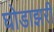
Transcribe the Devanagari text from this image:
घोडाझरी